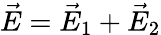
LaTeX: \vec{E}=\vec{E}_{1}+\vec{E}_{2}